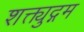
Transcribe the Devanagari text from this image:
शक्त्युद्गम